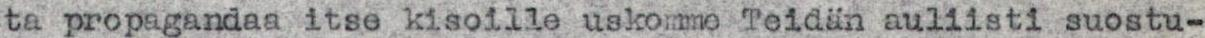
ta propagandaa itse kisoille uskomme Teidän auliisti suostu-